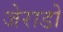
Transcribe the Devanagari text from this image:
जेराडो